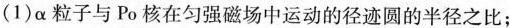
（1)\alpha 粒子与Po核在匀强磁场中运动的径迹圆的半径之比;